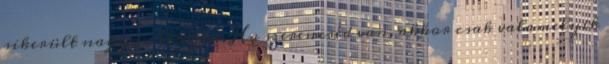
sikerült nagyon elbszni. Ha szerencséd van, akkor csak valamelyik